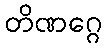
တိဏဂ္ဂေ